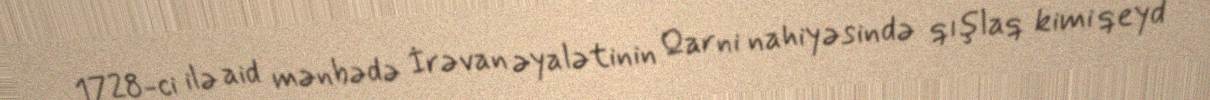
1728-ci ilə aid mənbədə İrəvan əyalətinin Qarni nahiyəsində qışlaq kimi qeyd